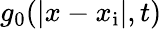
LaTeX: g_{0}(|x-x_{\mathrm{i}}|,t)